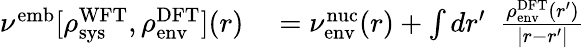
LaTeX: \begin{array}{rl}{\nu^{\textrm{{emb}}}[\rho_{\textrm{sys}}^{\textrm{WFT}},\rho_{\textrm{env}}^{\textrm{DFT}}](r)}&{{}=\nu_{\textrm{env}}^{\textrm{nuc}}(r)+\int dr^{\prime}~~\frac{\rho_{\textrm{env}}^{\textrm{DFT}}(r^{\prime})}{|r-r^{\prime}|}}\end{array}